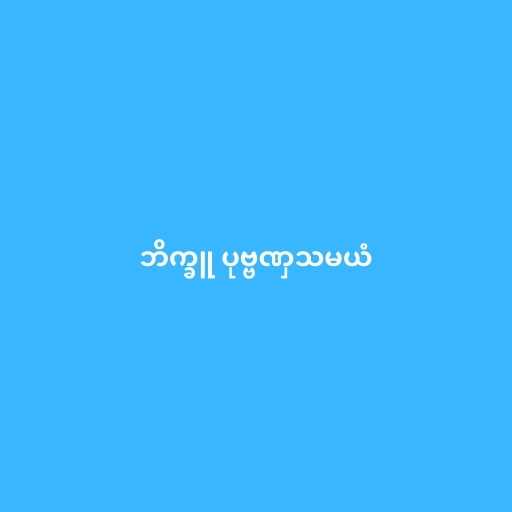
ဘိက္ခူ ပုဗ္ဗဏှသမယံ